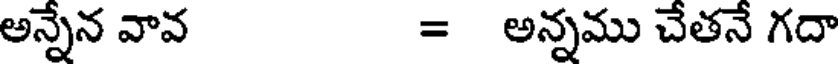
అన్నేన వావ = అన్నము చేతనే గదా